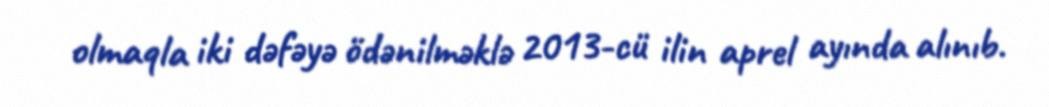
olmaqla iki dəfəyə ödənilməklə 2013-cü ilin aprel ayında alınıb.